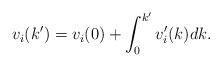
LaTeX: \begin{align*}v_i(k') = v_i(0) + \int_{0}^{k'} v_i'(k) dk.\end{align*}